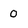
Character: O